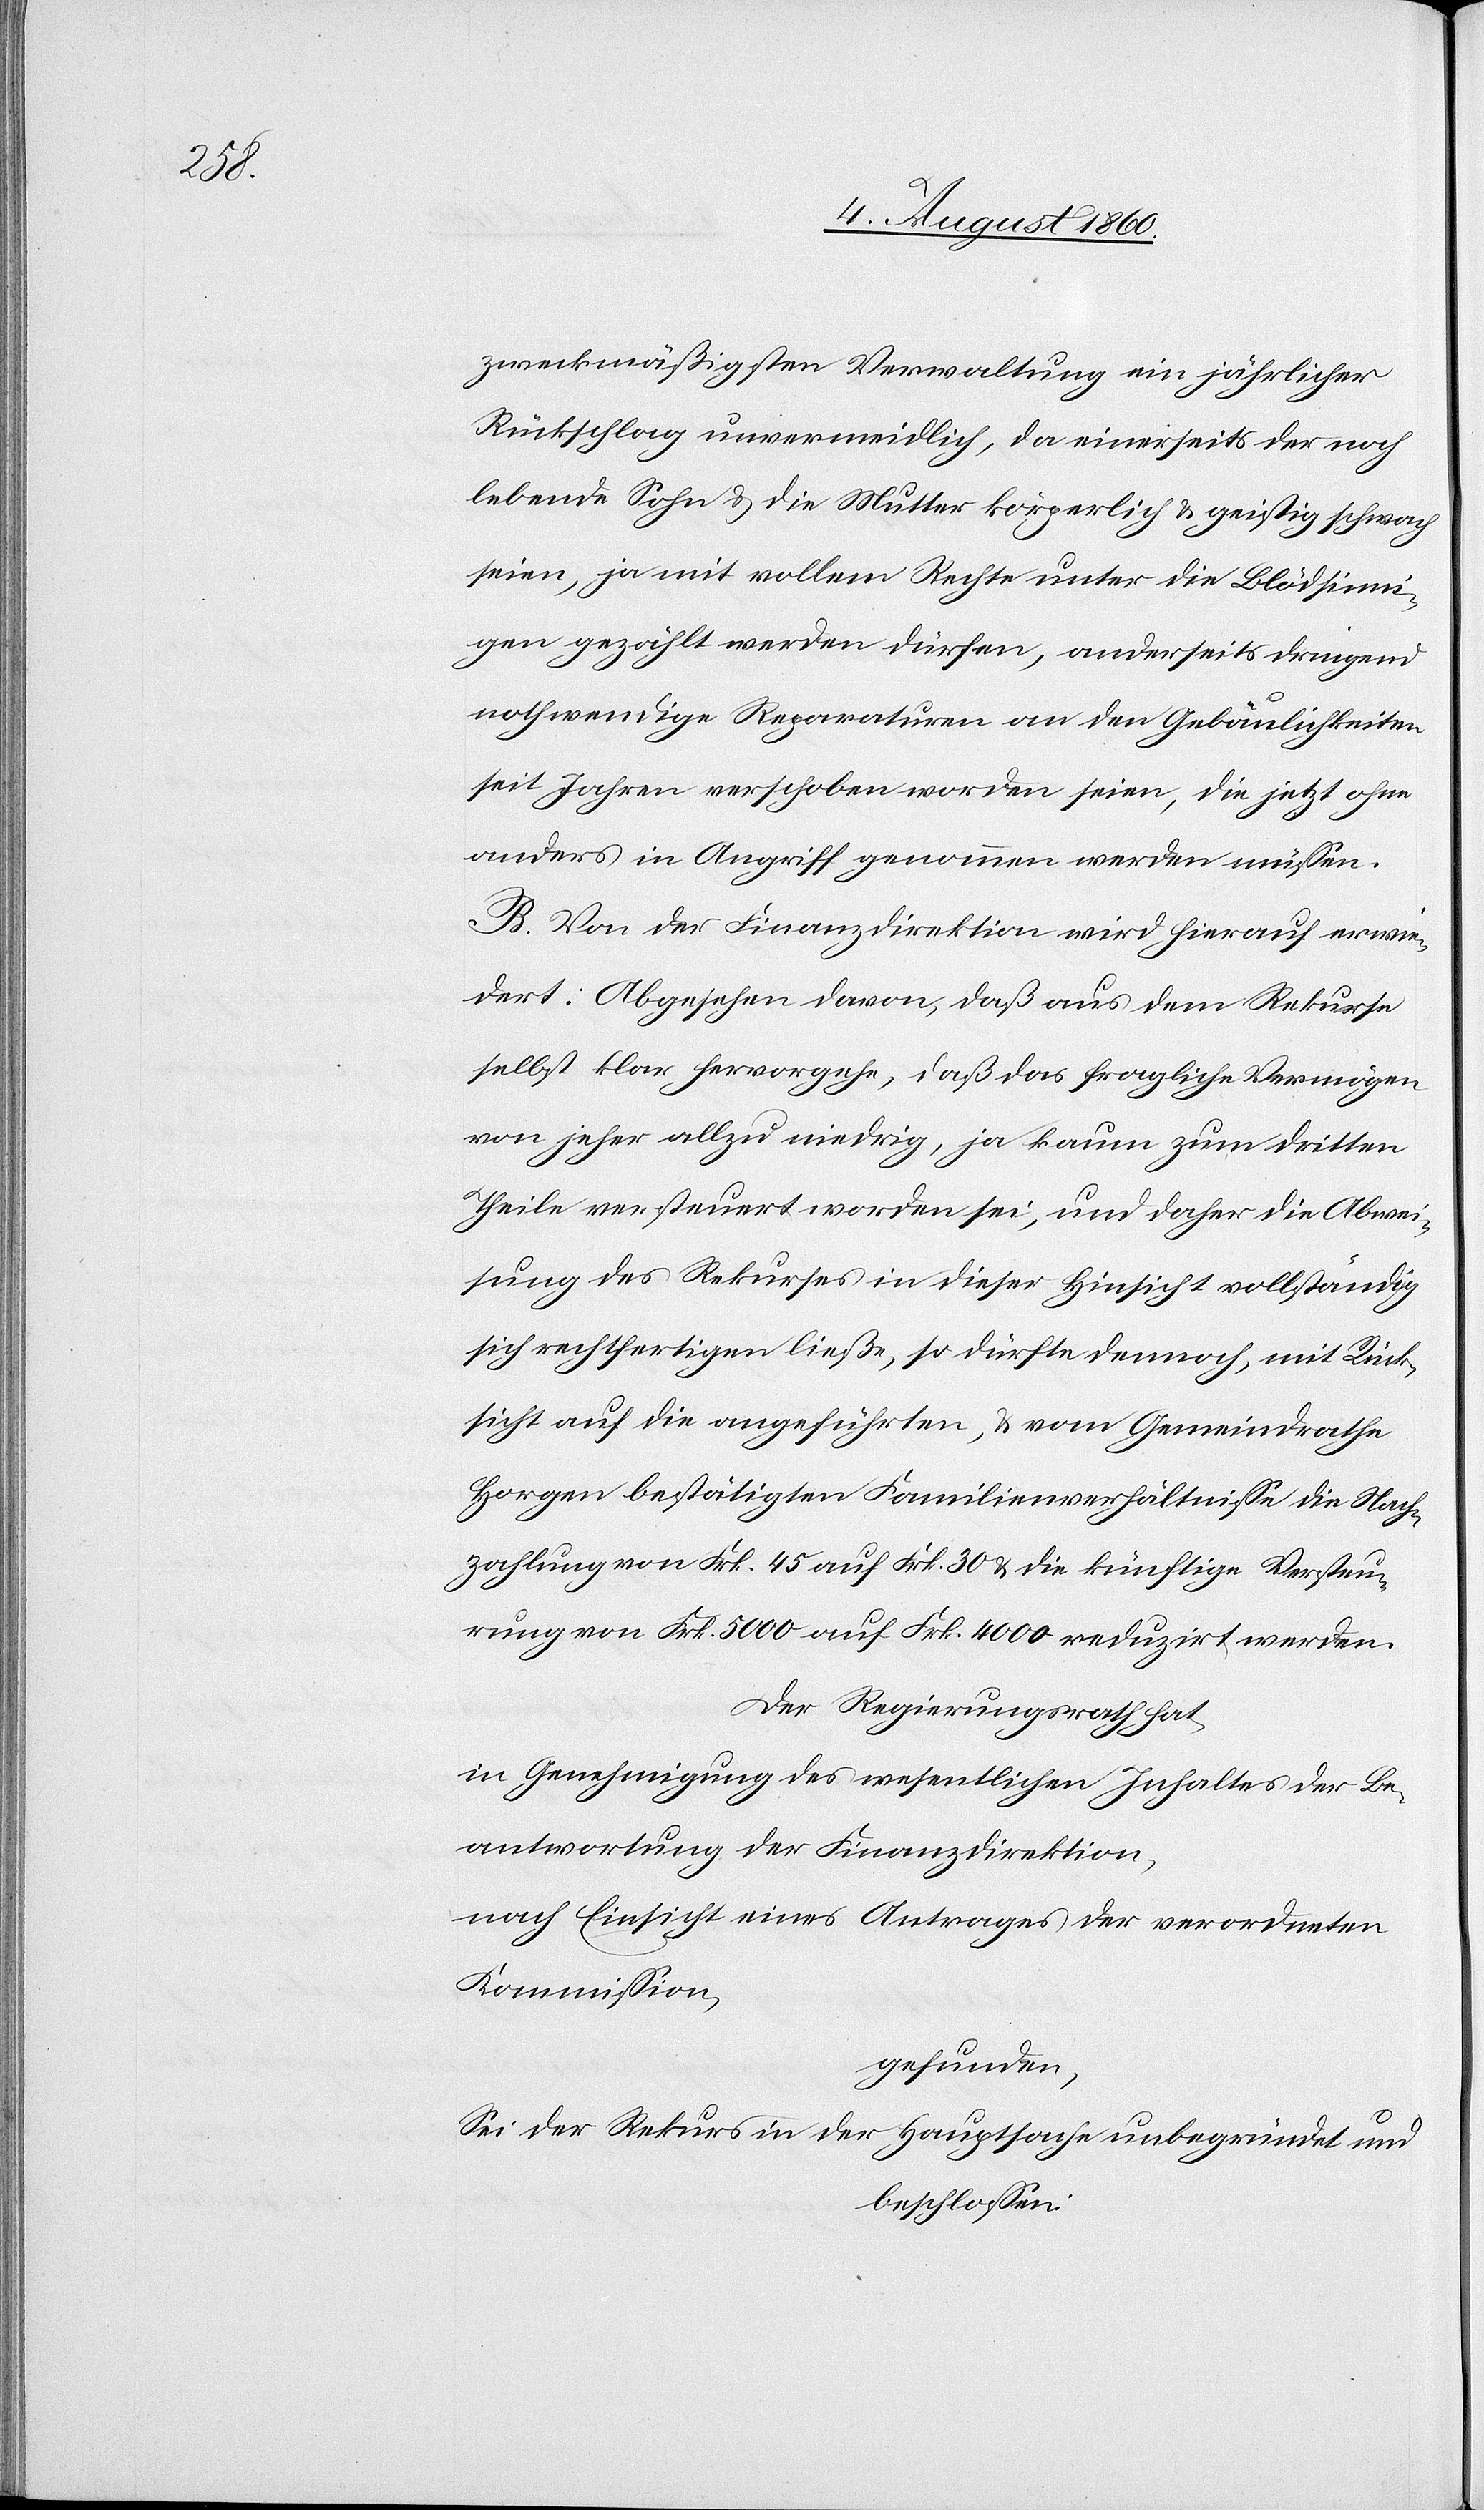
zweckmässigsten Verwaltung ein jährlicher
Rückschlag unvermeidlich, da einerseits der noch
lebende Sohn und die Mutter körperlich und geistlich schwach
der
seien, ja mit vollem Rechte unter die Blödsinni¬
gen gezählt werden dürfen, anderseits dringend
nothwendige Reparaturen an den Gebäulichkeiten
seit Jahren verschoben worden seien, die jetzt ohne
anders in Angriff genommen werden müssen.
B. Von der Finanzdirektion wird hierauf erwie¬
dert: Abgesehen davon, dass aus dem Rekurse
selbst klar hervorgehe, dass das fragliche Vermögen
von jeher allzu niedrig, ja kaum zum dritten
Theile versteuert worden sei und daher die Abwei¬
sung des Rekurses in dieser Hinsicht vollständig
sich rechtfertigen liesse, so dürfte dennoch, mit Rück¬
sicht auf die angeführten u. vom Gemeindrathe
Horgen bestätigten Familienverhältnisse die Nach¬
zahlung von fcs. 45 auf fcs. 30 u. die künftige Versteu¬
rung von fcs. 5000 auf Frk. 4000 reduzirt werden.
Der Regierungsrath hat,
in Genehmigung des wesentlichen Inhaltes der Be¬
nach Einsicht eines Antrages der verordneten
Kommission,
gefunden:
Sei der Rekurs in der Hauptsache unbegründet und
beschlossen: